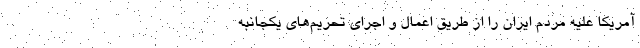
آمریکا علیه مردم ایران را از طریق اعمال و اجرای تحریم‌های یکجانبه